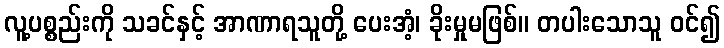
လူ့ပစ္စည်းကို သခင်နှင့် အာဏာရသူတို့ ပေးအံ့၊ ခိုးမှုမဖြစ်။ တပါးသောသူ ဝင်၍